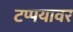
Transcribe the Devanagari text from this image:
टप्पयावर